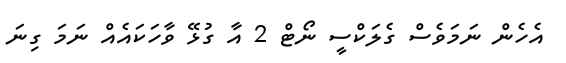
އެހެން ނަމަވެސް ގެލަކްސީ ނޯޓް 2 އާ ގުޅޭ ވާހަކައެއް ނަމަ ގިނަ